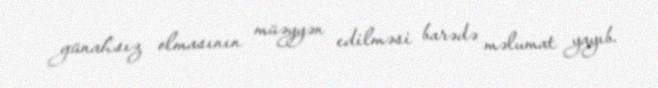
günahsız olmasının müəyyən edilməsi barədə məlumat yayıb.